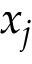
x _ { j }